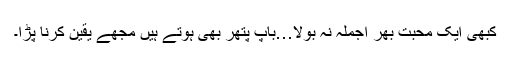
کبھی ایک محبت بھر اجملہ نہ بولا…باپ پتھر بھی ہوتے ہیں مجھے یقین کرنا پڑا۔